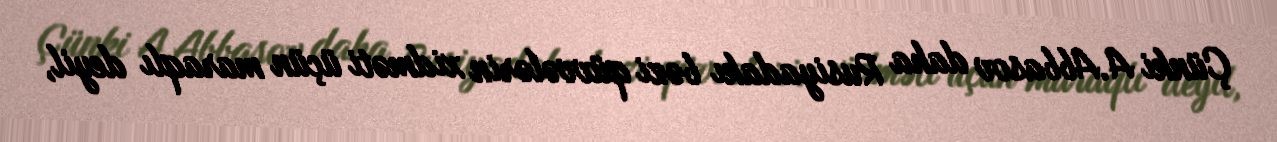
Çünki A.Abbasov daha Rusiyadakı bəzi qüvvələrin xidməti üçün maraqlı deyil,